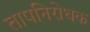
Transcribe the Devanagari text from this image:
तापनिरोधक